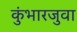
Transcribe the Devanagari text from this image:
कुंभारजुवा